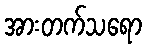
အားတက်သရော